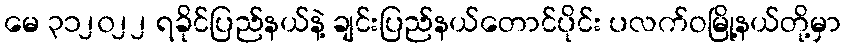
မေ ၃၁၂၀၂၂ ရခိုင်ပြည်နယ်နဲ့ ချင်းပြည်နယ်တောင်ပိုင်း ပလက်ဝမြို့နယ်တို့မှာ